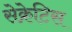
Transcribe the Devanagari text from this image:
सेक्रेटिस